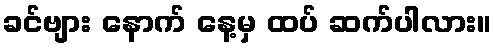
ခင်ဗျား နောက် နေ့မှ ထပ် ဆက်ပါလား။